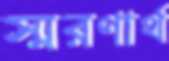
স্মরণার্থ